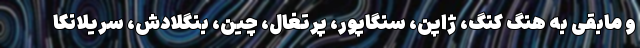
و مابقی به هنگ کنگ، ژاپن، سنگاپور، پرتغال، چین، بنگلادش، سریلانکا